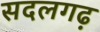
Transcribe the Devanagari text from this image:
सदलगढ़